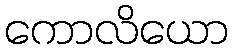
ကောလိယော